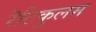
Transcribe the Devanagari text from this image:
रॆटिकुलम